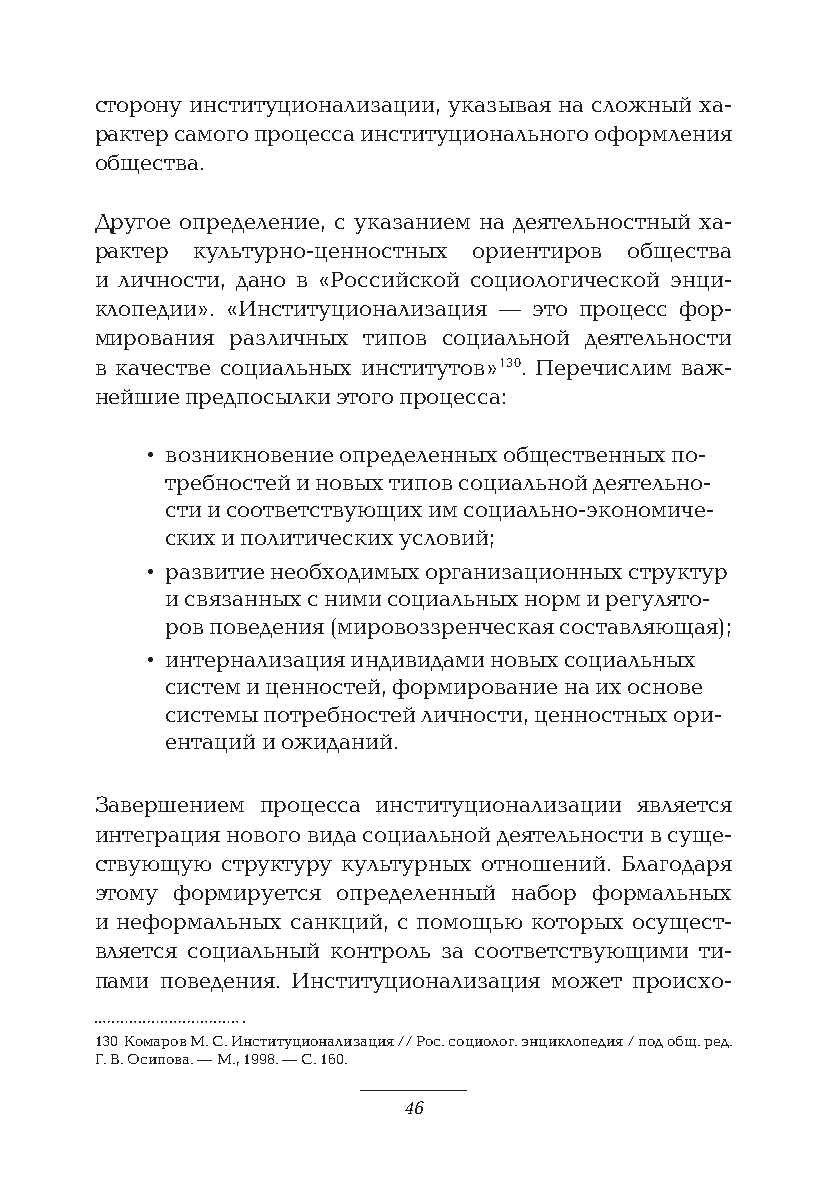
сторону институционализации, указывая на сложный ха-
 рактер самого процесса институционального оформления
 общества.
 Другое определение, с указанием на деятельностный ха-
 рактер культурно-ценностных ориентиров общества
 и личности, дано в «Российской социологической энци-
 клопедии». «Институционализация — это процесс фор-
 мирования различных типов социальной деятельности
 в качестве социальных институтов» 130. Перечислим важ-
 нейшие предпосылки этого процесса:
 • возникновение определенных общественных по-
 требностей и новых типов социальной деятельно-
 сти и соответствующих им социально-экономиче-
 ских и политических условий;
 • развитие необходимых организационных структур
 и связанных с ними социальных норм и регулято-
 ров поведения (мировоззренческая составляющая);
 • интернализация индивидами новых социальных
 систем и ценностей, формирование на их основе
 системы потребностей личности, ценностных ори-
 ентаций и ожиданий.
 Завершением процесса институционализации является
 интеграция нового вида социальной деятельности в суще-
 ствующую структуру культурных отношений. Благодаря
 этому формируется определенный набор формальных
 и неформальных санкций, с помощью которых осущест-
 вляется социальный контроль за соответствующими ти-
 пами поведения. Институционализация может происхо-
 130 Комаров М. С. Институционализация // Рос. социолог. энциклопедия / под общ. ред.
 Г. В. Осипова. — М., 1998. — С. 160.
 46